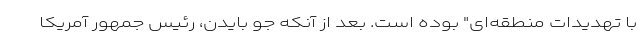
با تهدیدات منطقه‌ای" بوده است. بعد از آنکه جو بایدن، رئیس جمهور آمریکا